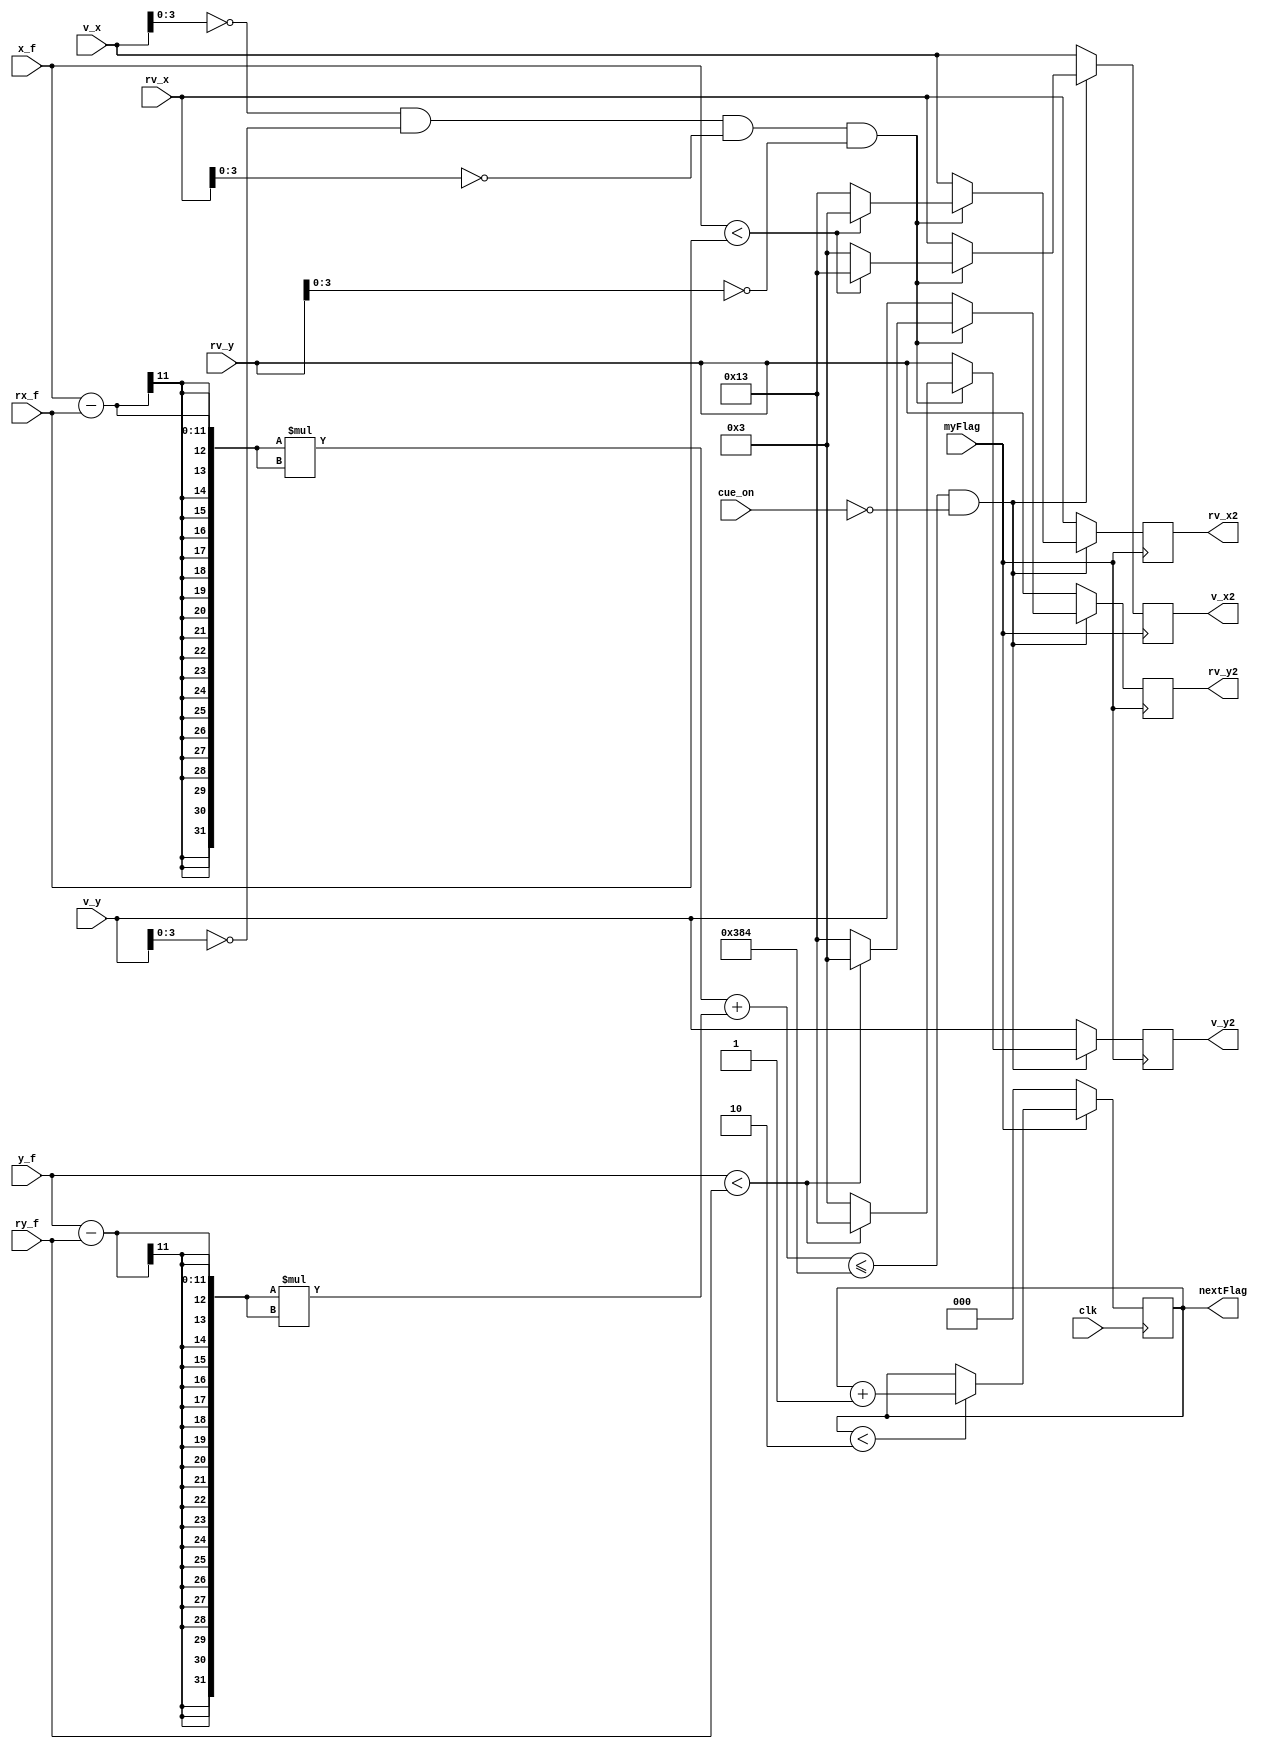
`timescale 1ns / 1ps

module collisionResolver(input clk, input cue_on, input myFlag,
input [10:0] x_f, input [10:0] y_f, input [4:0] v_x, input [4:0] v_y, 
input [10:0] rx_f, input [10:0] ry_f, input [4:0] rv_x, input [4:0] rv_y, 
output reg [4:0] v_x2, output reg [4:0] v_y2, output reg [4:0] rv_x2, output reg [4:0] rv_y2
, output reg [2:0] nextFlag
    );
    
    localparam radius = 15;
    
//    reg [4:0] flag; // for clock delay - otherwise flickering as updates made on same cycle as moverModule
    
    initial
    begin
//        flag <= 0;
        nextFlag <= 0;
        v_x2 <= 0;
        v_y2 <= 0;
        rv_x2 <= 0;
        rv_y2 <= 0;
//        led1 <= 0;
    end
    
    always @(posedge clk)
    begin // after vsync posedge - so if vsync - is on and flag = 1
        if (~myFlag)
            nextFlag <= 0;
        else 
        if (nextFlag < 2)
            nextFlag <= nextFlag + 1;
    end
            
    always @(posedge myFlag)
    begin
//                led1 <= 0;
        v_x2 <= v_x;
        v_y2 <= v_y;
        rv_x2 <= rv_x;
        rv_y2 <= rv_y;
                
        if (((x_f-rx_f)*(x_f-rx_f) + (y_f-ry_f)*(y_f-ry_f)) <= 4*radius*radius & ~cue_on)
        begin
//                    led1 <= 1;
            if (v_x[3:0] == 0 && v_y[3:0] == 0 && rv_x[3:0] == 0 && rv_y[3:0] == 0)
            begin
//                v_x2 <= 3;
//                v_y2 <= 3;
//                rv_x2 <= 19;
//                rv_y2 <= 19; 
                if (x_f < rx_f)
                begin
                    v_x2 <= 19;
                    rv_x2 <= 3;
                end
                else
                begin
                    v_x2 <= 3;
                    rv_x2 <= 19;
                end    
                
                if (y_f < ry_f)
                begin
                    v_y2 <= 19;
                    rv_y2 <= 3;
                end
                else
                begin
                    v_y2 <= 3;
                    rv_y2 <= 19;
                end    
                    
            end         
            else
            begin
            // exchange velocities on collision
            
//                v_x2[4] = rv_x2[4];
//                v_y2[4] = rv_y2[4];
//                rv_x2[4] = v_x2[4];
//                rv_y2[4] = v_y2[4];
                
//                if (rv_x[3:0] > 2)
//                    v_x2[3:0] <= rv_x[3:0] - 2;
//                else 
//                    v_x2[3:0] = 0;
                    
                
//                if (rv_y[3:0] > 2)
//                    v_y2[3:0] <= rv_y[3:0] - 2;
//                else 
//                    v_y2[3:0] = 0;    
                    
//                if (v_x[3:0] > 2)
//                    rv_x2[3:0] <= v_x[3:0] - 2;
//                else 
//                    rv_x2[3:0] = 0;
                    
                
//                if (v_y[3:0] > 2)
//                    rv_y2[3:0] <= v_y[3:0] - 2;
//                else 
//                    rv_y2[3:0] = 0;        
                    
                v_x2 <= rv_x;
                v_y2 <= rv_y;
                  
                rv_x2 <= v_x;
                rv_y2 <= v_y;
            end
        end
    end
    
endmodule